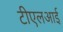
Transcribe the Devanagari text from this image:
टीएलआई